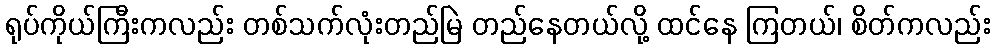
ရုပ်ကိုယ်ကြီးကလည်း တစ်သက်လုံးတည်မြဲ တည်နေတယ်လို့ ထင်နေ ကြတယ်၊ စိတ်ကလည်း